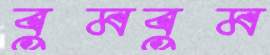
বুমবুম